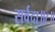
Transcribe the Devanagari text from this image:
सर्वदा॥८॥